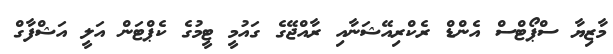
މާޒިޔާ ސްޕޯޓްސް އެންޑް ރެކްރިއޭޝަނާއި ރާއްޖޭގެ ގައުމީ ޓީމުގެ ކެޕްޓަން އަލީ އަޝްފާގް